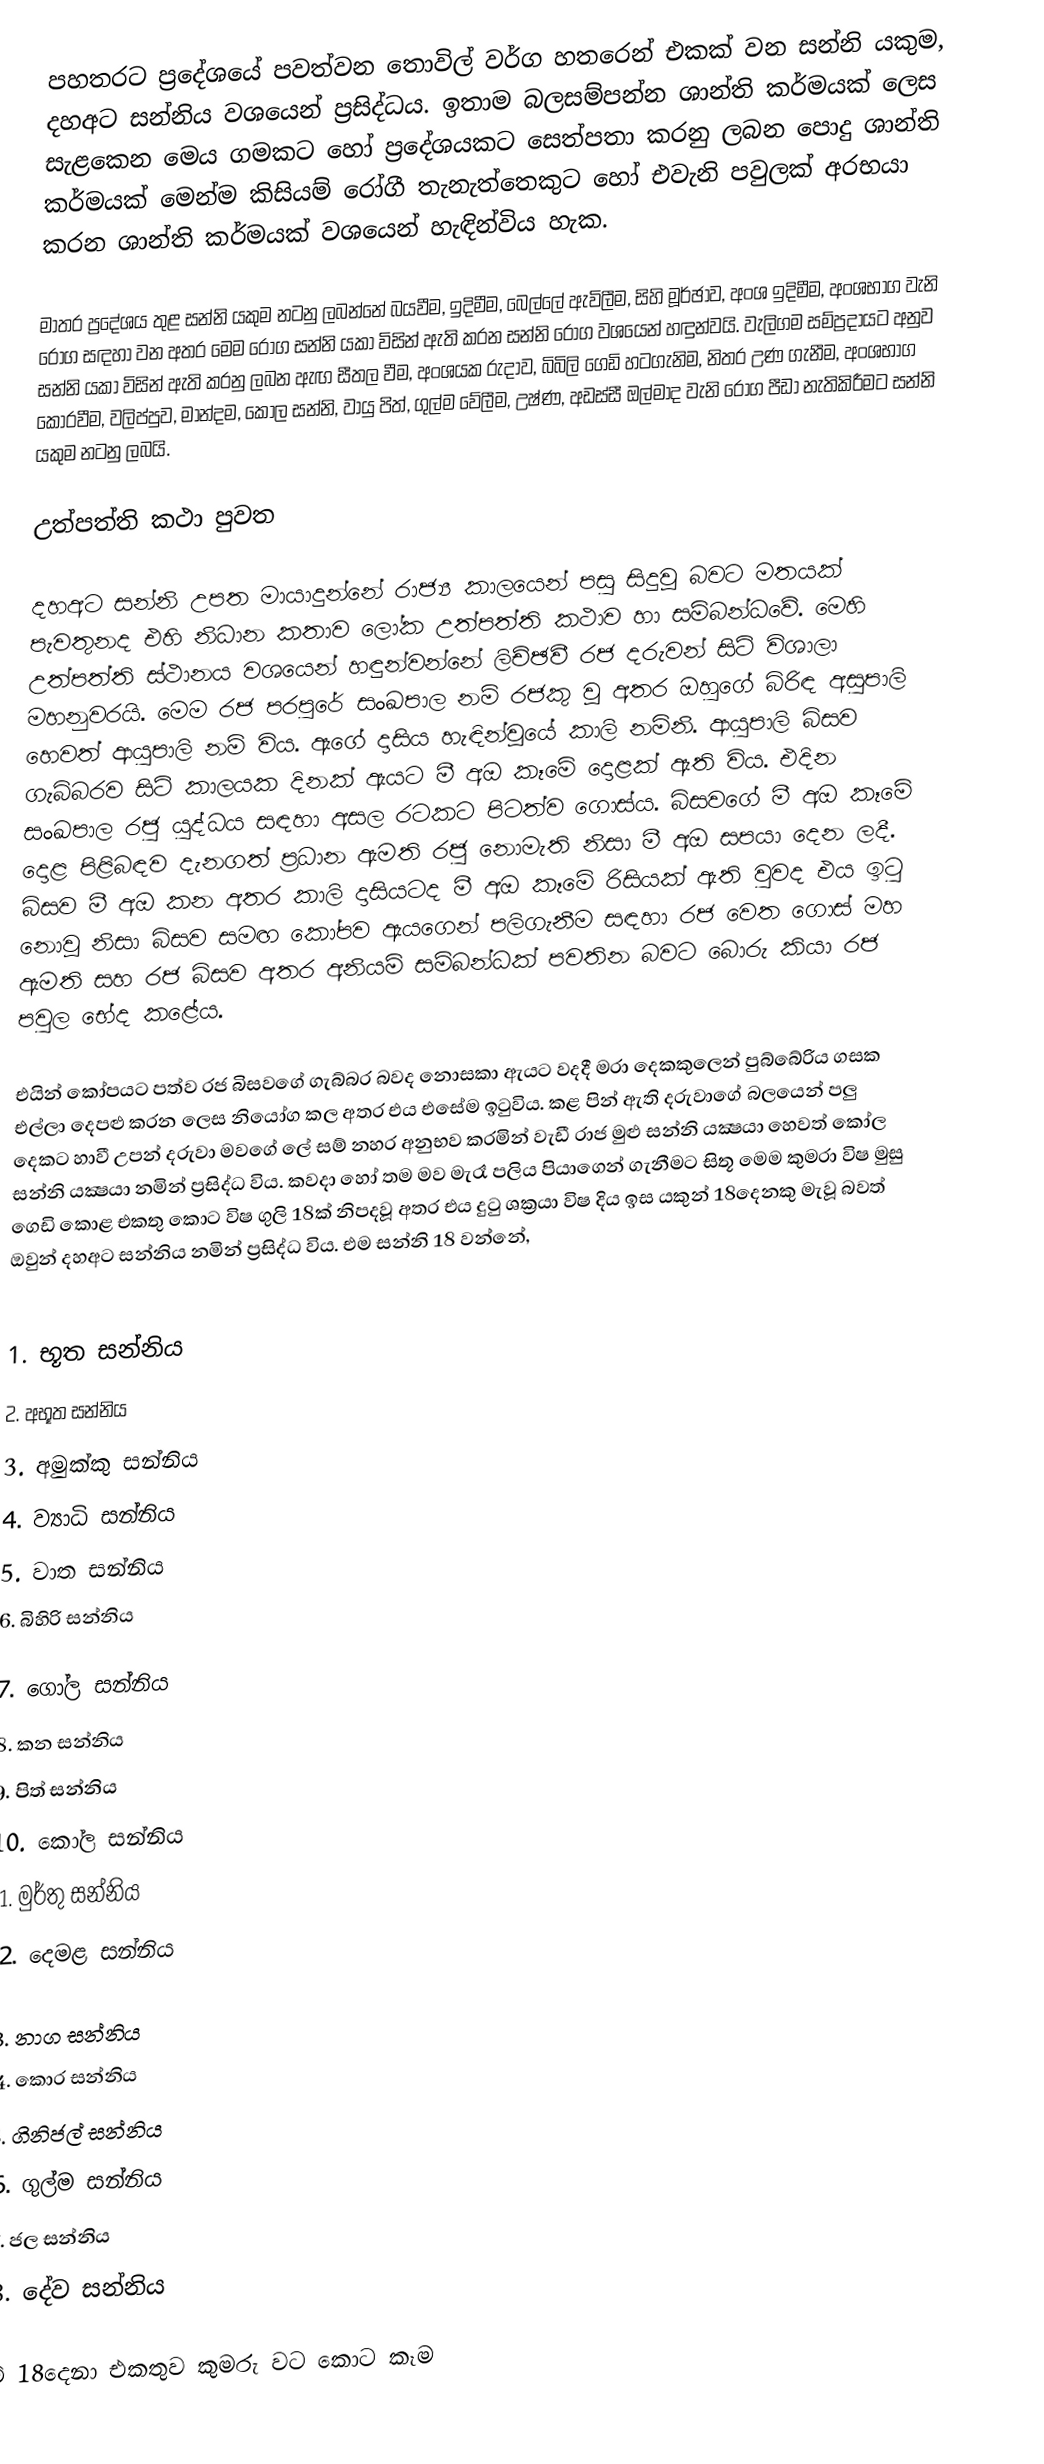
පහතරට ප්‍රදේශයේ පවත්වන තොවිල් වර්ග හතරෙන් එකක් වන සන්නි යකුම, දහඅට සන්නිය වශයෙන් ප්‍රසිද්ධය. ඉතාම බලසම්පන්න ශාන්ති කර්මයක් ලෙස සැළකෙන මෙය ගමකට හෝ ප්‍රදේශයකට සෙත්පතා කරනු ලබන පොදු ශාන්ති කර්මයක් මෙන්ම කිසියම් රෝගී තැනැත්තෙකුට හෝ එවැනි පවුලක් අරභයා කරන ශාන්ති කර්මයක් වශයෙන් හැඳින්විය හැක.

මාතර ප්‍රදේශය තුළ සන්නි යකුම නටනු ලබන්නේ බයවීම, ඉදිමීම, බෙල්ලේ ඇවිලීම, සිහි මූර්ඡාව, අංශ ඉදිමීම, අංශභාග වැනි රෝග සඳහා වන අතර මෙම රෝග සන්නි යකා විසින් ඇති කරන සන්නි රෝග වශයෙන් හඳුන්වයි. වැලිගම සම්ප්‍රදායට අනුව සන්නි යකා විසින් ඇති කරනු ලබන ඇඟ සීතල වීම, අංශයක රුදාව, බිබිලි ගෙඩි හටගැනිම, නිතර උණ ගැනීම, අංශභාග කොරවීම, වලිප්පුව, මාන්දම, කෝල සන්නි, වායු පිත්, ගුල්ම වේලීම, උෂ්ණ, අඩස්සී ඔල්මාද වැනි රෝග පීඩා නැතිකිරීමට සන්නි යකුම නටනු ලබයි.

උත්පත්ති කථා පුවත

	දහඅට සන්නි උපත මායාදුන්නේ රාජ්‍ය කාලයෙන් පසු සිදුවූ බවට මතයක් පැවතුනද එහි නිධාන කතාව ලෝක උත්පත්ති කථාව හා සම්බන්ධවේ. මෙහි උත්පත්ති ස්ථානය වශයෙන් හඳුන්වන්නේ ලිච්ඡවී රජ දරුවන් සිටි විශාලා මහනුවරයි. මෙම රජ පරපුරේ සංඛපාල නම් රජකු වූ අතර ඔහුගේ බිරිඳ අසුපාලි හෙවත් ආයුපාලි නම් විය. ඇගේ දාසිය හැඳින්වූයේ කාලි නමිනි.  ආයුපාලි බිසව ගැබ්බරව සිටි කාලයක දිනක් ඇයට මී අඔ කෑමේ දොළක් ඇති විය. එදින සංඛපාල රජු යුද්ධය සඳහා අසල රටකට පිටත්ව ගොස්ය. බිසවගේ මී අඔ කෑමේ දොළ පිළිබඳව දැනගත් ප්‍රධාන ඇමති රජු නොමැති නිසා මී අඔ සපයා දෙන ලදී. බිසව‍ මී අඔ කන අතර කාලි දාසියටද මී අඔ කෑමේ රිසියක් ඇති වුවද එය ඉටු නොවූ නිසා බිසව සමඟ කෝපව ඇයගෙන් පලිගැනීම සඳහා රජ වෙත ගොස් මහ ඇමති සහ රජ බිසව අතර අනියම් සම්බන්ධක් පවතින බවට බොරු කියා රජ පවුල භේද කළේය.

	එයින් කෝපයට පත්ව රජ බිසවගේ ගැබ්බර බවද නොසකා ඇයට වදදී මරා දෙකකුලෙන් පුබ්බේරිය ගසක එල්ලා දෙපළු කරන ලෙස නියෝග කල අතර එය එසේම ඉටුවිය. කළ පින් ඇති දරුවාගේ බලයෙන් පලු දෙකට හාවී උපන් දරුවා මවගේ ලේ සම් නහර අනුභව කරමින් වැඩී රාජ මුළු සන්නි යක්‍ෂයා හෙවත් කෝල සන්නි යක්‍ෂයා නමින් ප්‍රසිද්ධ විය. කවදා හෝ තම මව මැරෑ පලිය පියාගෙන් ගැනීමට සිතූ මෙම කුමරා විෂ මුසු ගෙඩි කොළ එකතු කොට විෂ ගුලි 18ක් නිපදවූ අතර එය දුටු ශක්‍රයා විෂ දිය ඉස යකුන් 18දෙනකු මැවූ බවත් ඔවුන් දහඅට සන්නිය නමින් ප්‍රසිද්ධ විය. එම සන්නි 18 වන්නේ,

1.  භූත සන්නිය
2.  අභූත  සන්නිය
3.  අමුක්කු සන්නිය
4.  ව්‍යාධි සන්නිය
5.  වාත සන්නිය
6.  බිහිරි සන්නිය

7.  ගෝල සන්නිය
8.  කන සන්නිය
9.  පිත් සන්නිය
10. කෝල සන්නිය
11. මුර්තු සන්නිය
12. දෙමළ සන්නිය

13. නාග සන්නිය
14. කොර සන්නිය
15. ගිනිජල් සන්නිය
16. ගුල්ම සන්නිය
17. ජල සන්නිය‍
18. දේව සන්නිය

මේ 18දෙනා එකතුව කුමරු වට කොට කෑම